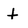
Character: t